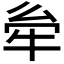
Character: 𤙋